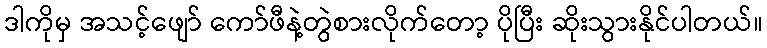
ဒါကိုမှ အသင့်ဖျော် ကော်ဖီနဲ့တွဲစားလိုက်တော့ ပိုပြီး ဆိုးသွားနိုင်ပါတယ်။